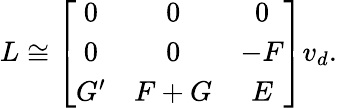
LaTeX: L\cong\left[\begin{array}{ccc}{{0}}&{{0}}&{{0}}\\ {{0}}&{{0}}&{{-F}}\\ {{G^{\prime}}}&{{F+G}}&{{E}}\end{array}\right]v_{d}.